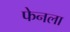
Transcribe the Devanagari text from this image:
फेनला